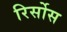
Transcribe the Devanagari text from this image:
रिर्सोस